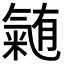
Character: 𭯴